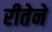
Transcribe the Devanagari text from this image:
रीतेने